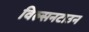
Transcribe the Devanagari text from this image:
विल्सनटाउन